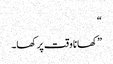
“
”کھانا وقت پر کھا۔